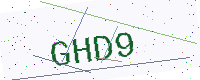
Text: GHD9